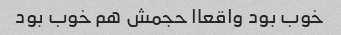
خوب بود واقعاا حجمش هم خوب بود